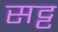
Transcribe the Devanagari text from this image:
सट्ट